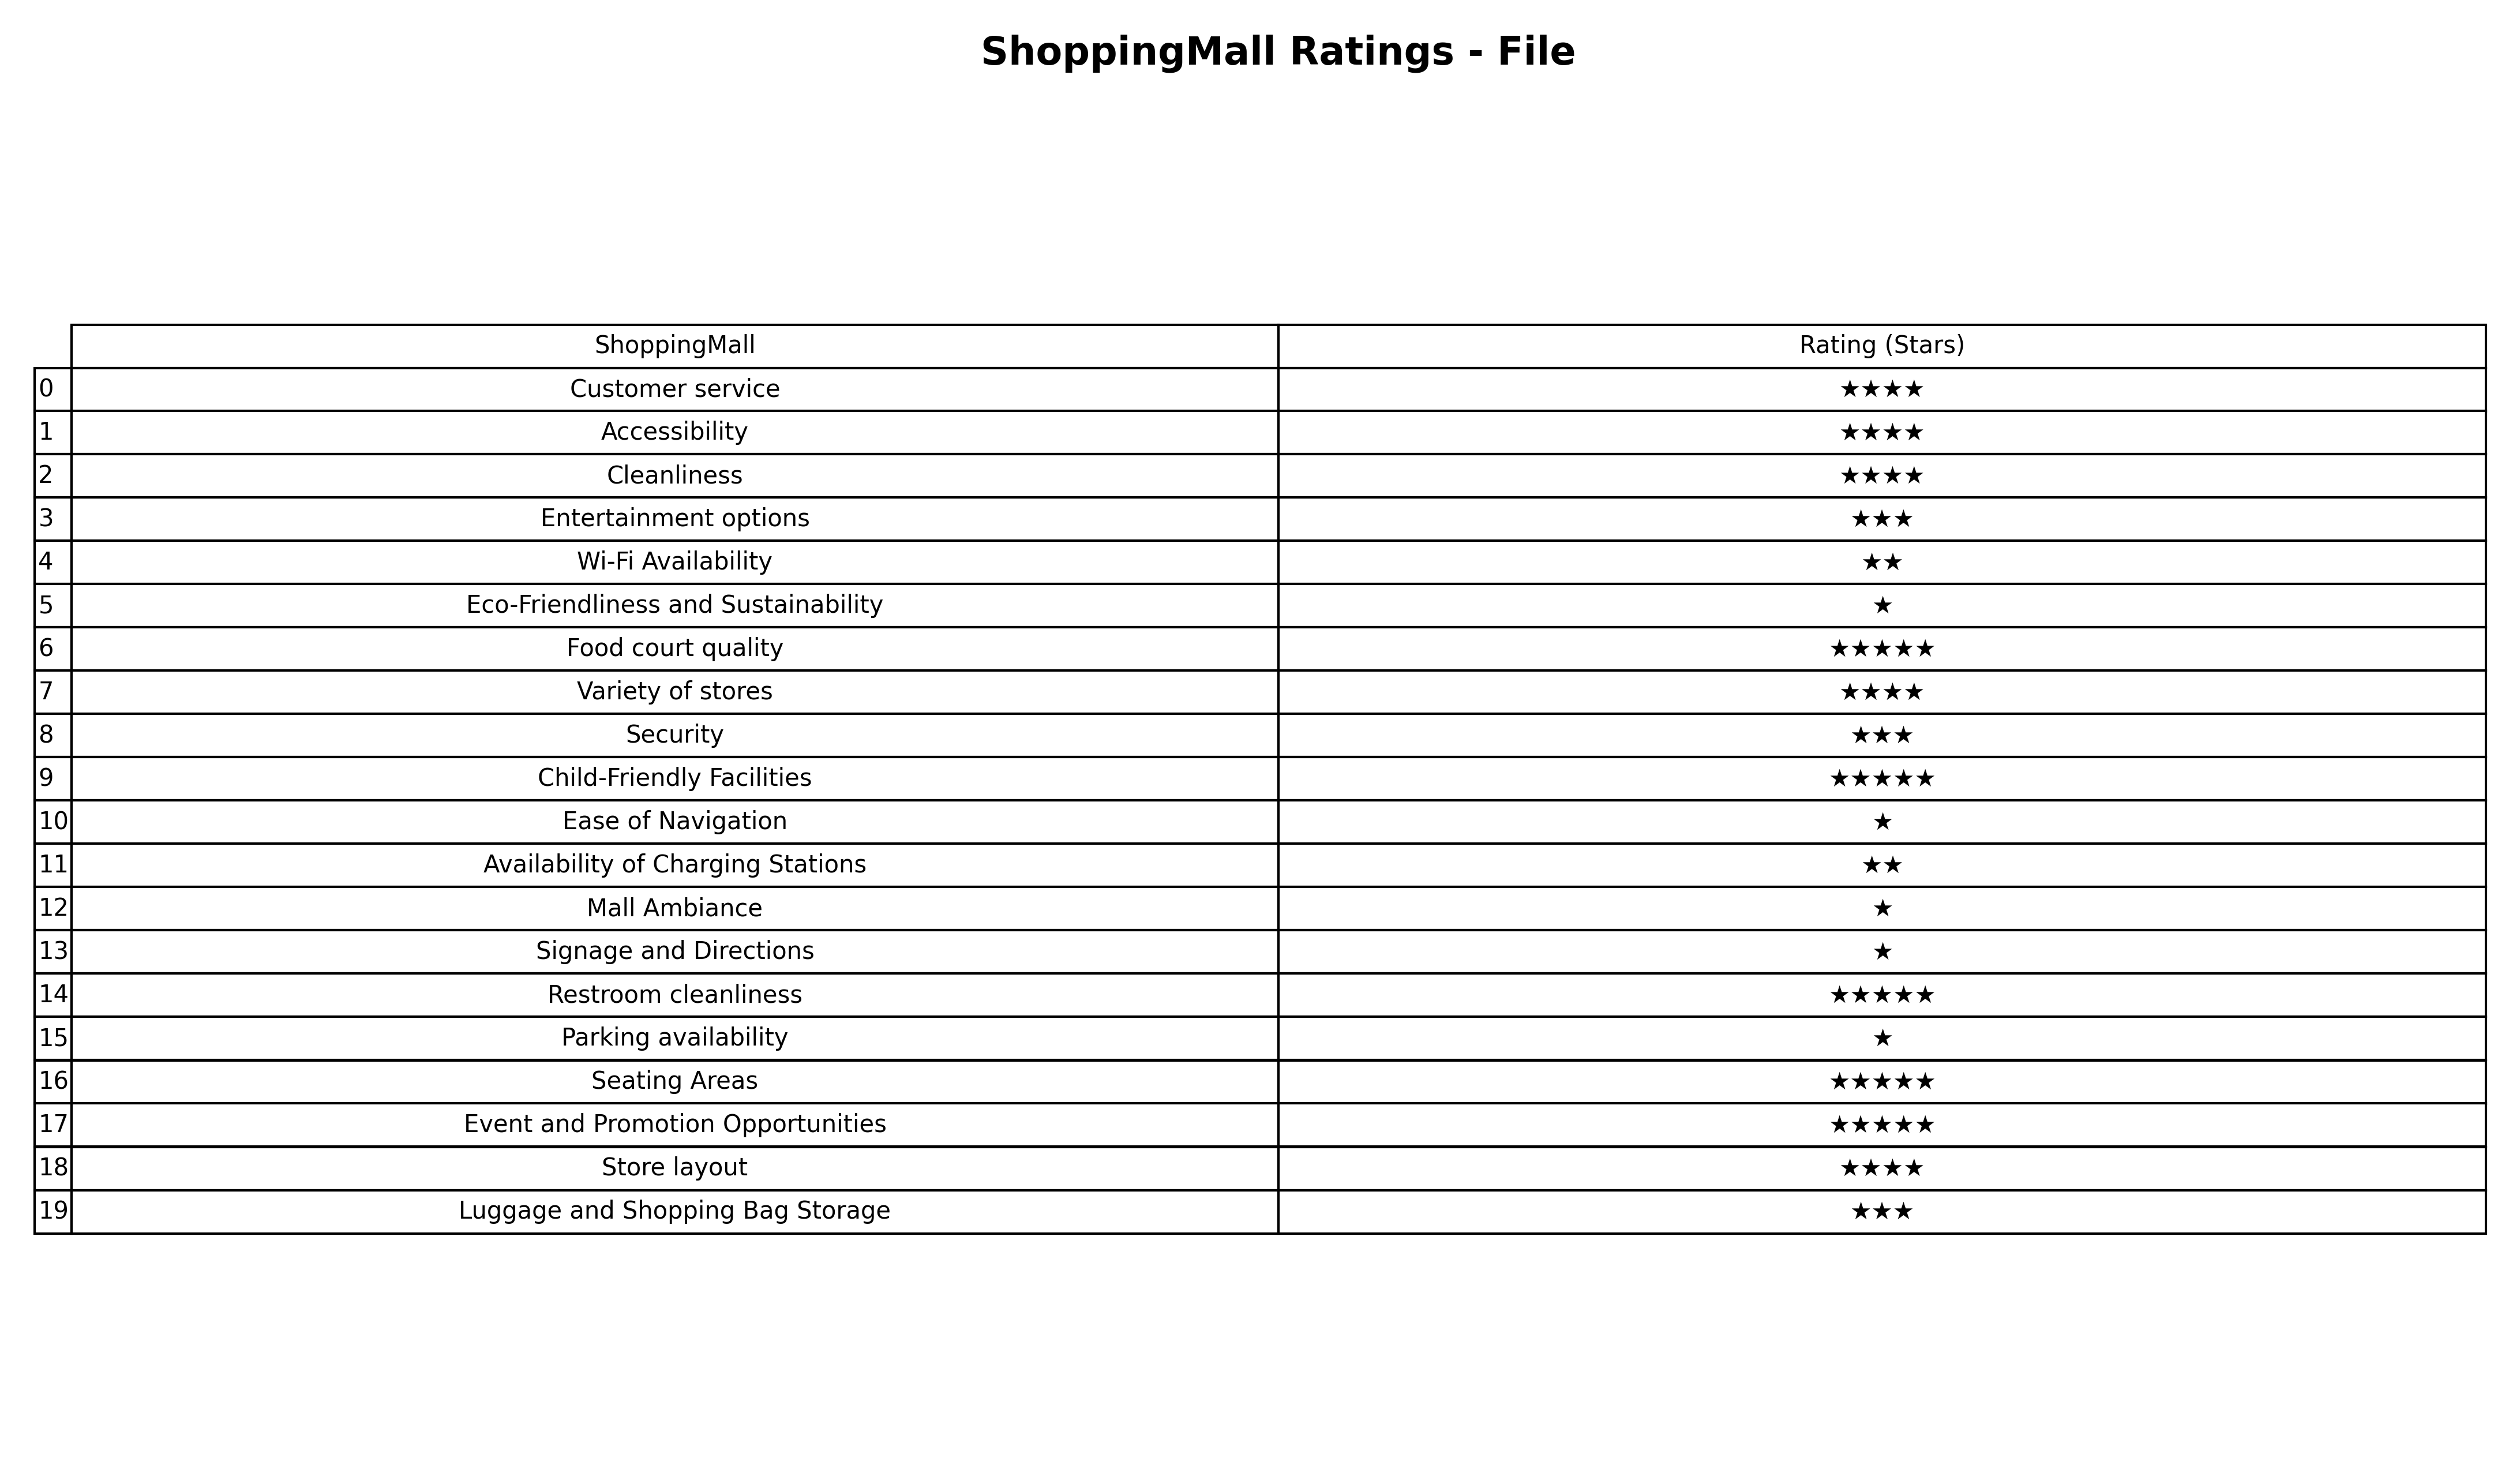
question: What is the rating of Security?
answer: ★★★